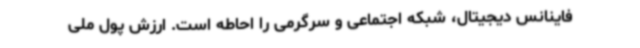
فاینانس دیجیتال، شبکه اجتماعی و سرگرمی را احاطه است. ارزش پول ملی